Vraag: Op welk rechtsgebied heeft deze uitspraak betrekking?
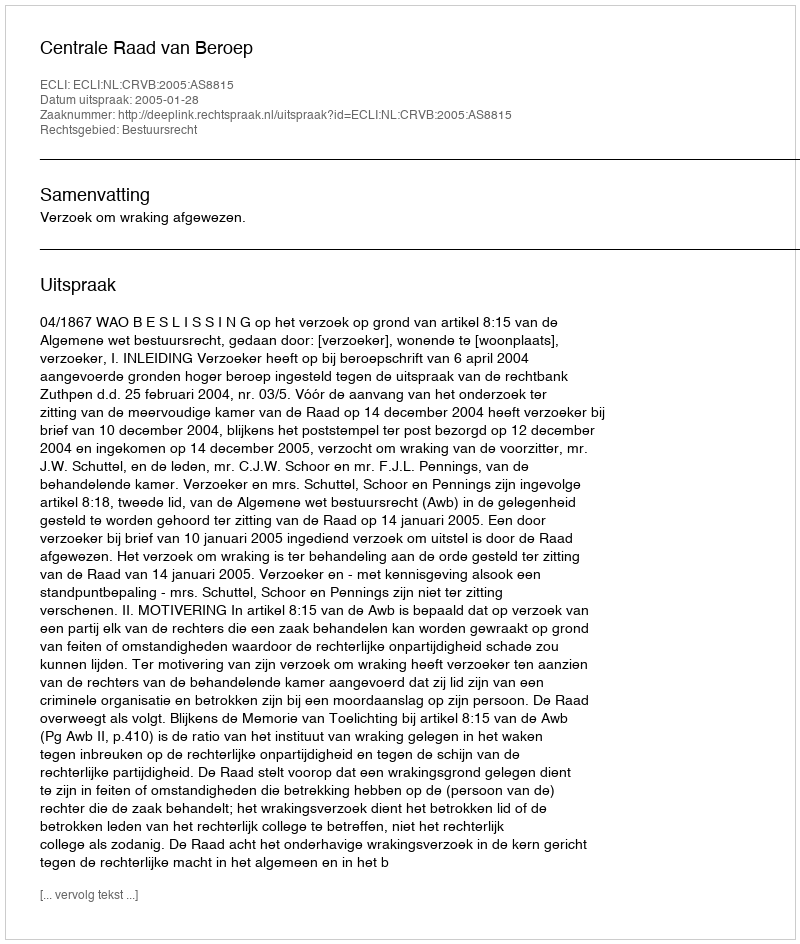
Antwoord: Bestuursrecht